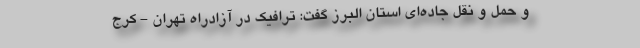
و حمل و نقل جاده‌ای استان البرز گفت: ترافیک در آزادراه تهران - کرج